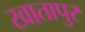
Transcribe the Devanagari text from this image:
खातापुर